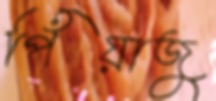
পিঁয়াজু